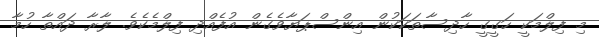
މި ފިލްމަކީ ހަގީގީ ހާދިސާތަކަކުން އިންސްޕަޔާވެގެން އުފެއްދި ފިލްމެކެވެ. ލާރާ ދައްތާ ހުމާ